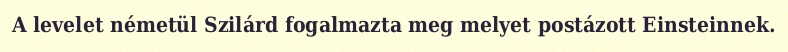
A levelet németül Szilárd fogalmazta meg melyet postázott Einsteinnek.